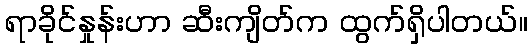
ရာခိုင်နှုန်းဟာ ဆီးကျိတ်က ထွက်ရှိပါတယ်။